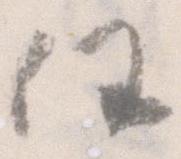
任